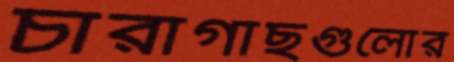
চারাগাছগুলোর